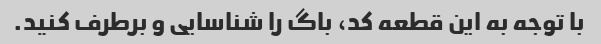
با توجه به این قطعه کد، باگ را شناسایی و برطرف کنید.